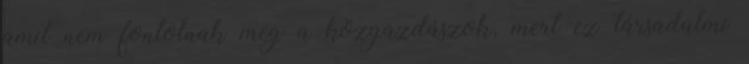
amit nem fontolnak meg a közgazdászok, mert ez társadalmi